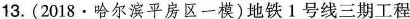
13.(2018•哈尔滨平房区一模)地铁1号线三期工程